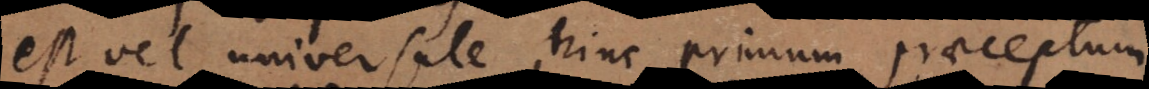
est vel universale, hinc primum praeceptum